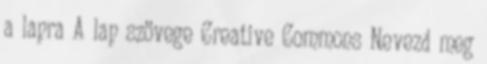
a lapra A lap szövege Creative Commons Nevezd meg